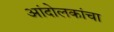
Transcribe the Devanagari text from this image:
आंदोलकांचा